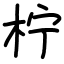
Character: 柠